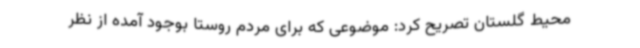
محیط گلستان تصریح کرد: موضوعی که برای مردم روستا بوجود آمده از نظر